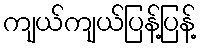
ကျယ်ကျယ်ပြန့်ပြန့်